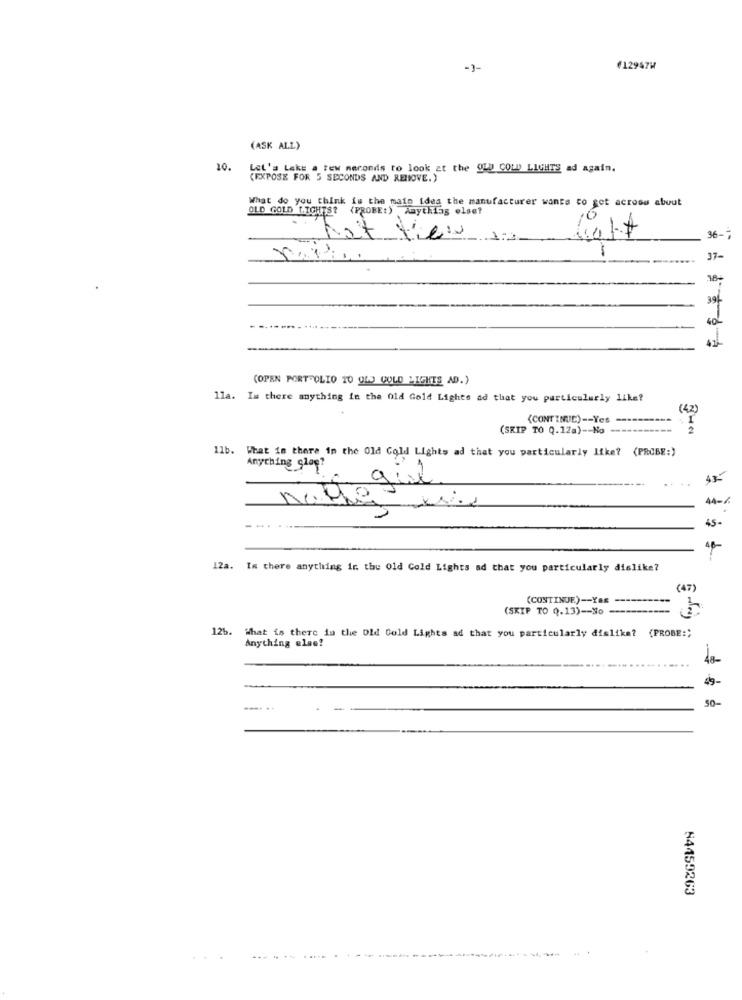
-3-
€12947W
(ASK ALL)
10.
Let's Lake a few seconds to look at the OLD COLD LIGHTS ad again.
(EXPOSE FOR 5 SECONDS AND REMOVE.)
What do you think is the main idea the manufacturer wants to get across about
OLD GOLD LIGHTS? (PROBE:) Anything else?
hat view
36 -;
37-
39-
40-
(OPEN PORT"OLIO 10 QLO GOLD LIGHTS AD.)
lla. Is there anything in the Old Gold Lights ad that you particularly like?
(42)
(CONTINUC) -- Yes ----
(SKIP TO Q.12a) -- No
Ilb. What is there in the Old Gold Lights ad that you particularly like? (PROBE:)
Anything Slog?
43-
44-6
45-
. Is there anything in the Old Gold Lights ad that you particularly dislike?
(47)
(CONTINUE) -- Yas
---------
(SKIP TO 0.13) -- No -----------
12b. What is there in the Old Gold Lights ad that you particularly dislike? (PROBE :;
Anything else?
48-
49-
50-
---
54459263
44